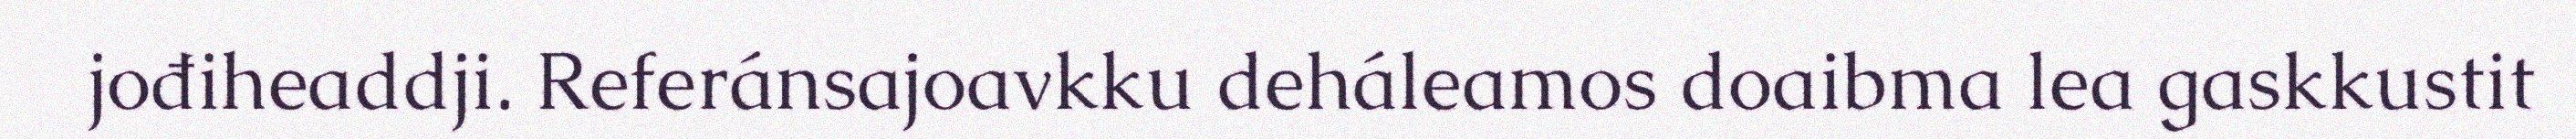
jođiheaddji. Referánsajoavkku deháleamos doaibma lea gaskkustit